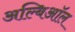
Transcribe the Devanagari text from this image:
अल्बिऑल